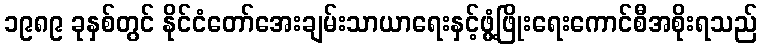
၁၉၈၉ ခုနှစ်တွင် နိုင်ငံတော်အေးချမ်းသာယာရေးနှင့်ဖွံ့ဖြိုးရေးကောင်စီအစိုးရသည်